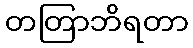
တတြာဘိရတာ